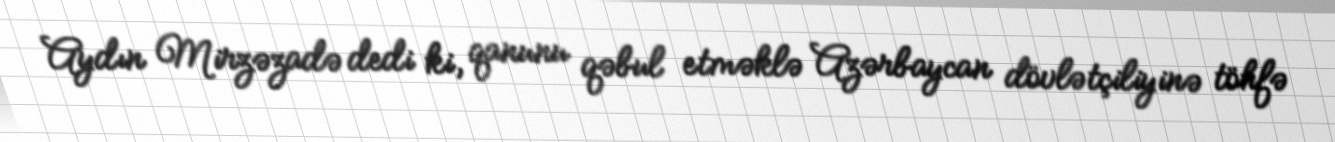
Aydın Mirzəzadə dedi ki, qanunu qəbul etməklə Azərbaycan dövlətçiliyinə töhfə